Madras plague regulations and rules - Volume 2
Disease focus: Plague
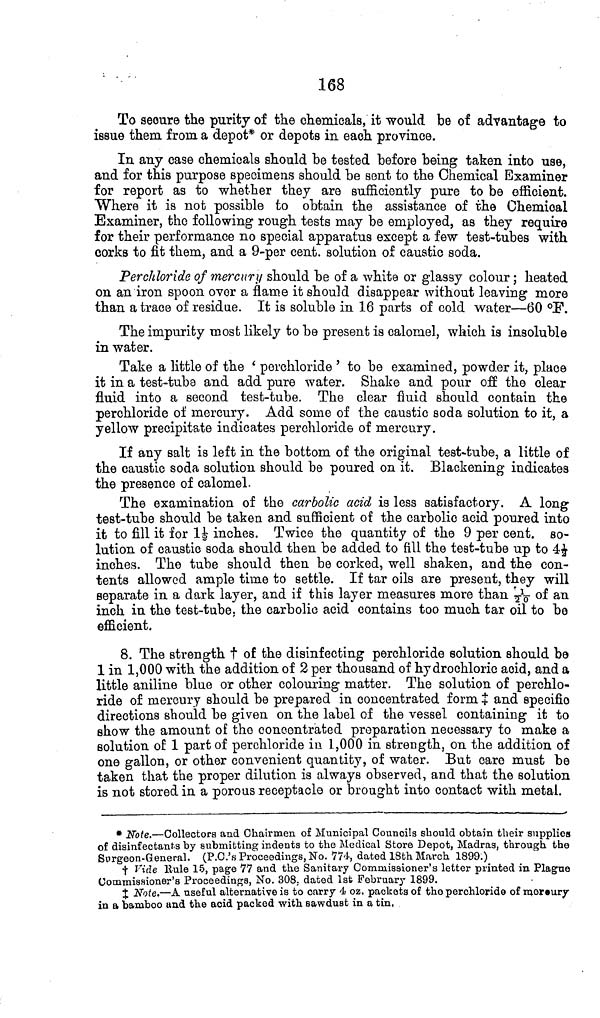
168
To secure the purity of the chemicals, it would be of advantage to
issue them from a depot* or depots in each province.
In any case chemicals should be tested before being taken into use,
and for this purpose specimens should be sent to the Chemical Examiner
for report as to whether they are sufficiently pure to be efficient.
Where it is not possible to obtain the assistance of the Chemical
Examiner, the following rough tests may be employed, as they require
for their performance no special apparatus except a few test-tubes with
corks to fit them, and a 9-per cent. solution of caustic soda.
Perchloride of mercury should be of a white or glassy colour; heated
on an iron spoon over a flame it should disappear without leaving more
than a trace of residue. It is soluble in 16 parts of cold water—60 °F.
The impurity most likely to be present is calomel, which is insoluble
in water.
Take a little of the ' perchloride ' to be examined, powder it, place
it in a test-tube and add pure water. Shake and pour off the clear
fluid into a second test-tube. The clear fluid should contain the
perchloride of mercury. Add some of the caustic soda solution to it, a
yellow precipitate indicates perchloride of mercury.
If any salt is left in the bottom of the original test-tube, a little of
the caustic soda solution should be poured on it. Blackening indicates
the presence of calomel.
The examination of the carbolic acid is less satisfactory. A long
test-tube should be taken and sufficient of the carbolic acid poured into
it to fill it for 1½ inches. Twice the quantity of the 9 per cent. so-
lution of caustic soda should then be added to fill the test-tube up to 4½
inches. The tube should then be corked, well shaken, and the con-
tents allowed ample time to settle. If tar oils are present, they will
separate in a dark layer, and if this layer measures more than 1/20 of an
inch in the test-tube, the carbolic acid contains too much tar oil to be
efficient.
8. The strength † of the disinfecting perchloride solution should be
1 in 1,000 with the addition of 2 per thousand of hydrochloric acid, and a
little aniline blue or other colouring matter. The solution of perchlo-
ride of mercury should be prepared in concentrated form ‡ and specific
directions should be given on the label of the vessel containing it to
show the amount of the concentrated preparation necessary to make a
solution of 1 part of perchloride in 1,000 in strength, on the addition of
one gallon, or other convenient quantity, of water. But care must be
taken that the proper dilution is always observed, and that the solution
is not stored in a porous receptacle or brought into contact with metal.
* Note.—Collectors and Chairmen of Municipal Councils should obtain their supplies
of disinfectants by submitting indents to the Medical Store Depot, Madras, through the
Surgeon-General. (P.C.'s Proceedings, No. 774, dated 18th March 1899.)
† Vide Rule 15, page 77 and the Sanitary Commissioner's letter printed in Plague
Commissioner's Proceedings, No. 308, dated 1st February 1899.
‡ Note.—A useful alternative is to carry 4 oz. packets of the perchloride of mercury
in a bamboo and the acid packed with sawdust in a tin.